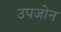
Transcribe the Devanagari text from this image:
उपजोन